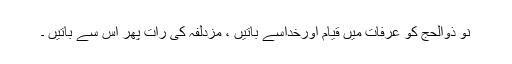
نو ذوالحج کو عرفات میں قیام اورخداسے باتیں ، مزدلفہ کی رات پھر اس سے باتیں ۔